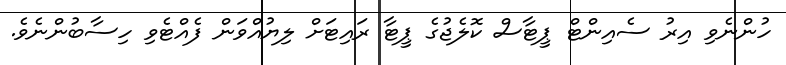
ހުންނެވި އިރު ސެއިންޓް ޕީޓާސް ކޮލެޖުގެ ޕީޓާ ރައިޓަށް ލިޔުއްވަން ފެއްޓެވި ހިސާބުންނެވެ.